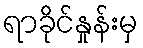
ရာခိုင်နှုန်းမှ